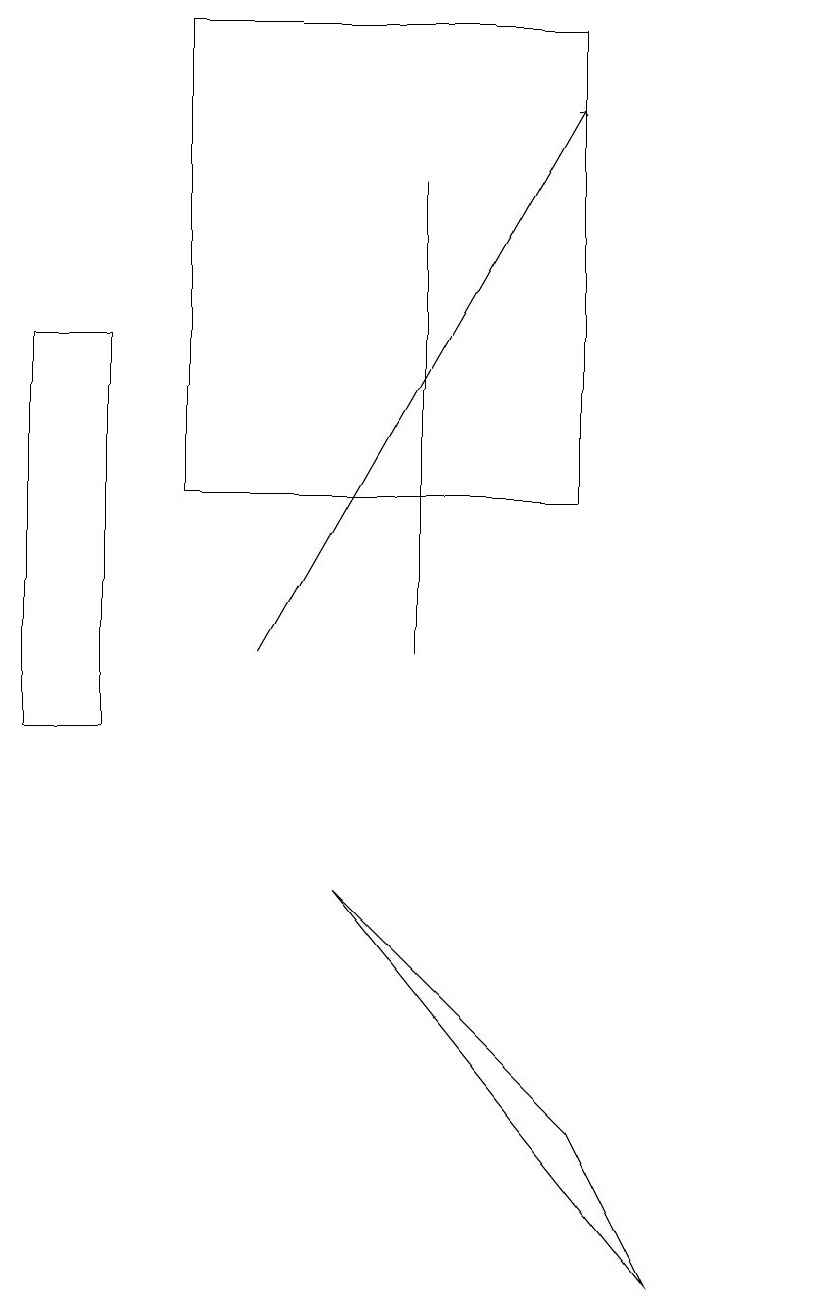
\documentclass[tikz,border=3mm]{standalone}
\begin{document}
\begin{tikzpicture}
\draw (5,11) rectangle (5,17);
\draw (10,12) circle (0);
\draw (1,15) rectangle (0,10);
\draw (7,13) rectangle (2,19);
\draw (4,8) -- (7,5) -- (8,3) -- cycle;
\draw[->] (3,11) -- (7,18);
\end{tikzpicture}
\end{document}